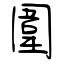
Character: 圍